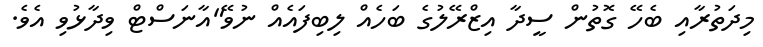
މިދަތުރާއި ބެހޭ ގޮތުން ސީދާ އިޒްރޭލުގެ ބަހެއް ލިބިފައެއް ނުވޭ"އާނަސްޓް ވިދާޅުވި އެވެ.